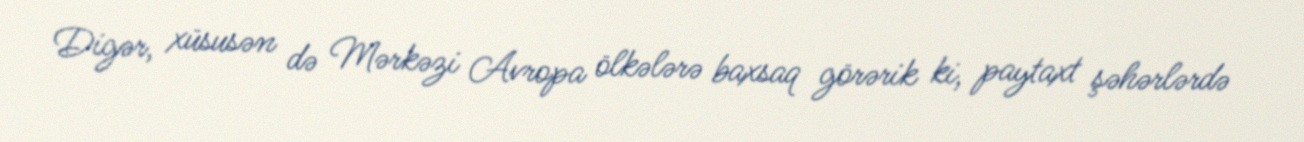
Digər, xüsusən də Mərkəzi Avropa ölkələrə baxsaq görərik ki, paytaxt şəhərlərdə